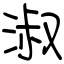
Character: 淑